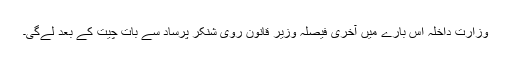
وزارت داخلہ اس بارے میں آخری فیصلہ وزیر قانون روی شنکر پرساد سے بات چیت کے بعد لے‌گی۔